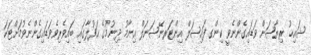
ޝައިޚު ރިޔާޟަށް ވަޑައިގެންނެވީ ކިންގ ފައިޞަލް އިންޓަރނޭޝަނަލް އިނާމު ދިނުމުގެ ޙަފުލާގައި ބައިވެރިވެވަޑައިގެންނެވުމަށްޓަކަ